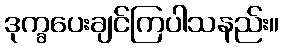
ဒုက္ခပေးချင်ကြပါသနည်း။